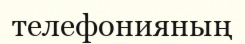
телефонияның